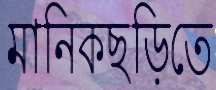
মানিকছড়িতে